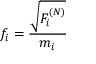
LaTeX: f _ { i } = \frac { \sqrt { F _ { i } ^ { ( N ) } } } { m _ { i } }